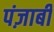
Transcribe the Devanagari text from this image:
पंज़ाबी